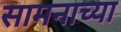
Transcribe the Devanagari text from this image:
सामनाच्या